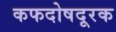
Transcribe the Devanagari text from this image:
कफदोषदूरक